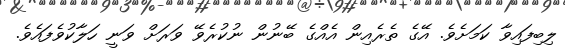
ލިބިފައިވާ ކަމަށެވެ. އޭގެ ތެރެއިން އެއްގެ ބޭނުން ނުކުރެވޭ ވަރަށް ވަނީ ހަލާކުވެފައެވެ.